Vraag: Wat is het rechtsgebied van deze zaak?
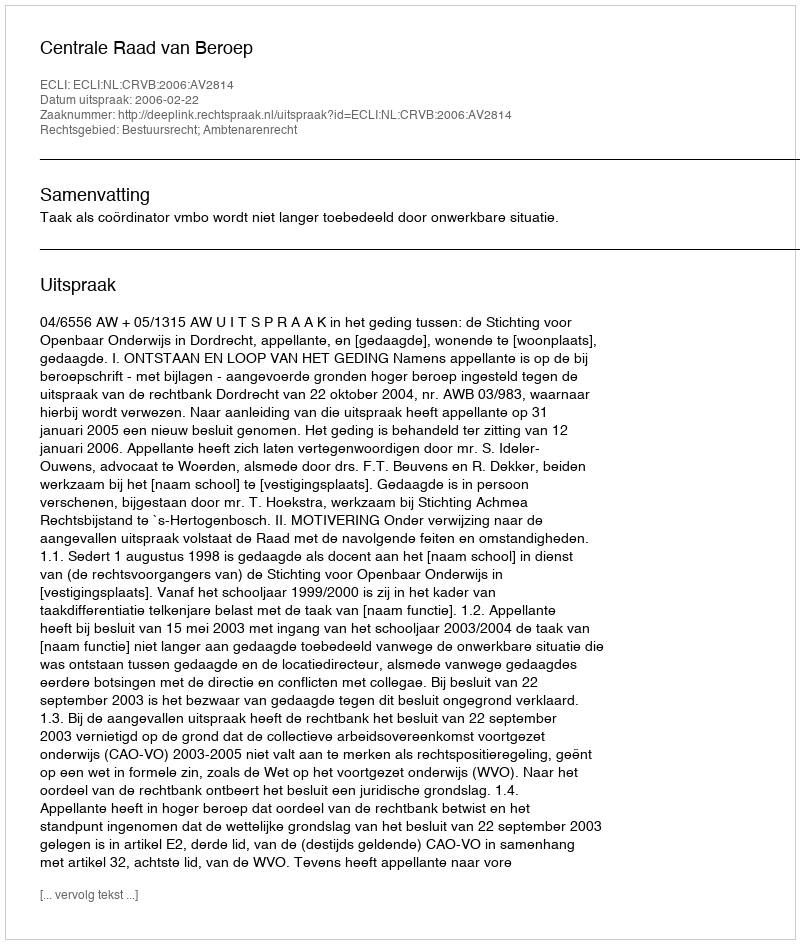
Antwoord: Bestuursrecht; Ambtenarenrecht